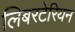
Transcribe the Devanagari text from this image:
लिबरटेरियन